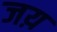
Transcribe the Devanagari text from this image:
जय़